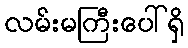
လမ်းမကြီးပေါ်ရှိ